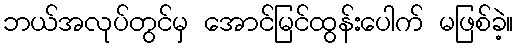
ဘယ်အလုပ်တွင်မှ အောင်မြင်ထွန်းပေါက် မဖြစ်ခဲ့။